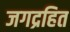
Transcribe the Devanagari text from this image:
जगद्रहित